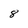
Character: 8